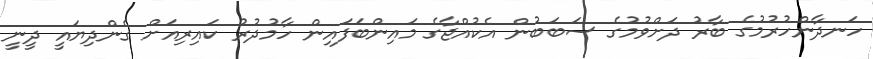
ހަނދާންހުރުމުގެ ބާރު ދަށްވުމުގެ ސަބަބުން އެކުއްޖާގެ މައިންބަފައިން ހާމުދުރު ކައިރިއަށް ގެންދިޔައީ ދީނީ